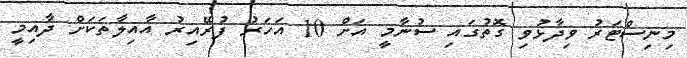
މިނިސްޓަރު ވިދާޅުވި ގޮތުގައި ސުނާމީ އަށް 10 އަހަރު ފުރޭއިރު އާއިލާތަކަށް ދާއިމީ